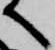
へ